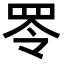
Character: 𦊓